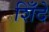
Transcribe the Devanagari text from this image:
शिँदे